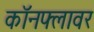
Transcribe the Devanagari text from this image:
कॉनफ्लावर